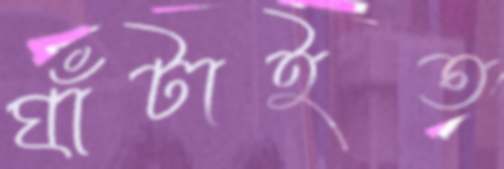
ঘাঁটাইত